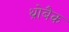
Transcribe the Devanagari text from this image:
थ्रोबैक